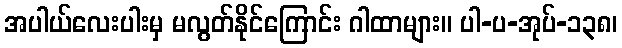
အပါယ်လေးပါးမှ မလွတ်နိုင်ကြောင်း ဂါထာများ။ ပါ-ပ-အုပ်-၁၃၈၊